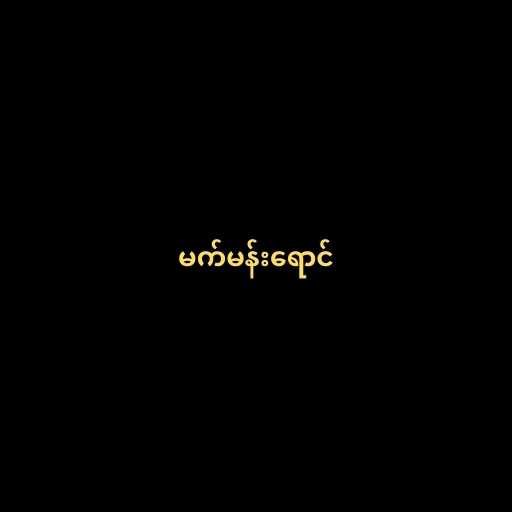
မက်မန်းရောင်